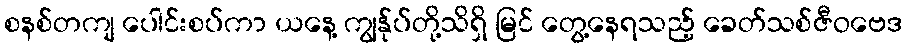
စနစ်တကျ ပေါင်းစပ်ကာ ယနေ့ ကျွန်ုပ်တို့သိရှိ မြင် တွေ့နေရသည့် ခေတ်သစ်ဇီဝဗေဒ